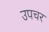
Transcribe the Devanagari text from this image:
उपचर